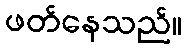
ဖတ်နေသည်။